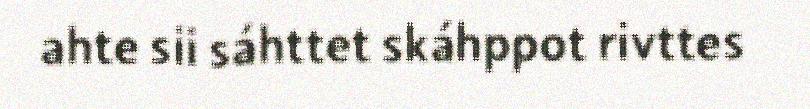
ahte sii sáhttet skáhppot rivttes